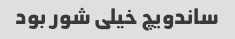
ساندویچ خیلی شور بود